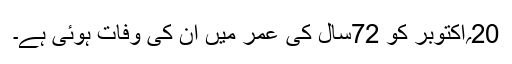
20؍اکتوبر کو 72سال کی عمر میں ان کی وفات ہوئی ہے۔